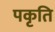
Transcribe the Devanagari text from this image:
पकृति